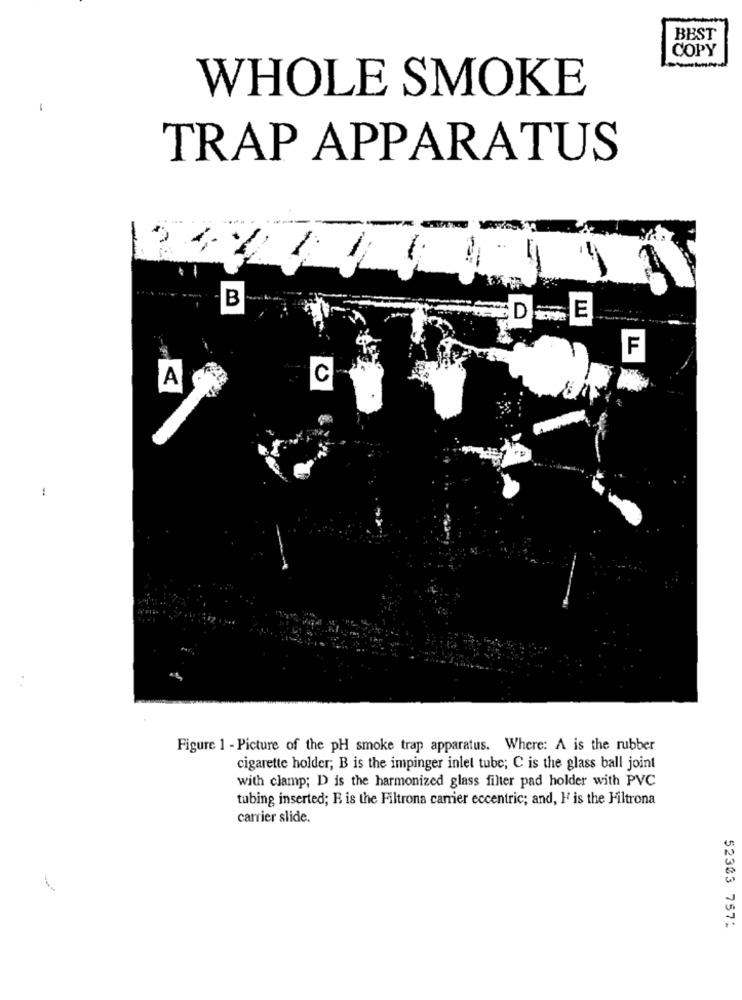
BEST
COPY
WHOLE SMOKE
-
TRAP APPARATUS
B
D
E
F
A
C
Figure 1 - Picture of the pH smoke trap apparatus. Where: A is the rubber
cigarette holder; B is the impinger inlet tube; C is the glass ball joint
with clamp; D is the harmonized glass filter pad holder with PVC
tubing inserted; R is the Filtrona carrier eccentric; and, I' is the Filtrona
carrier slide.
52303 7572